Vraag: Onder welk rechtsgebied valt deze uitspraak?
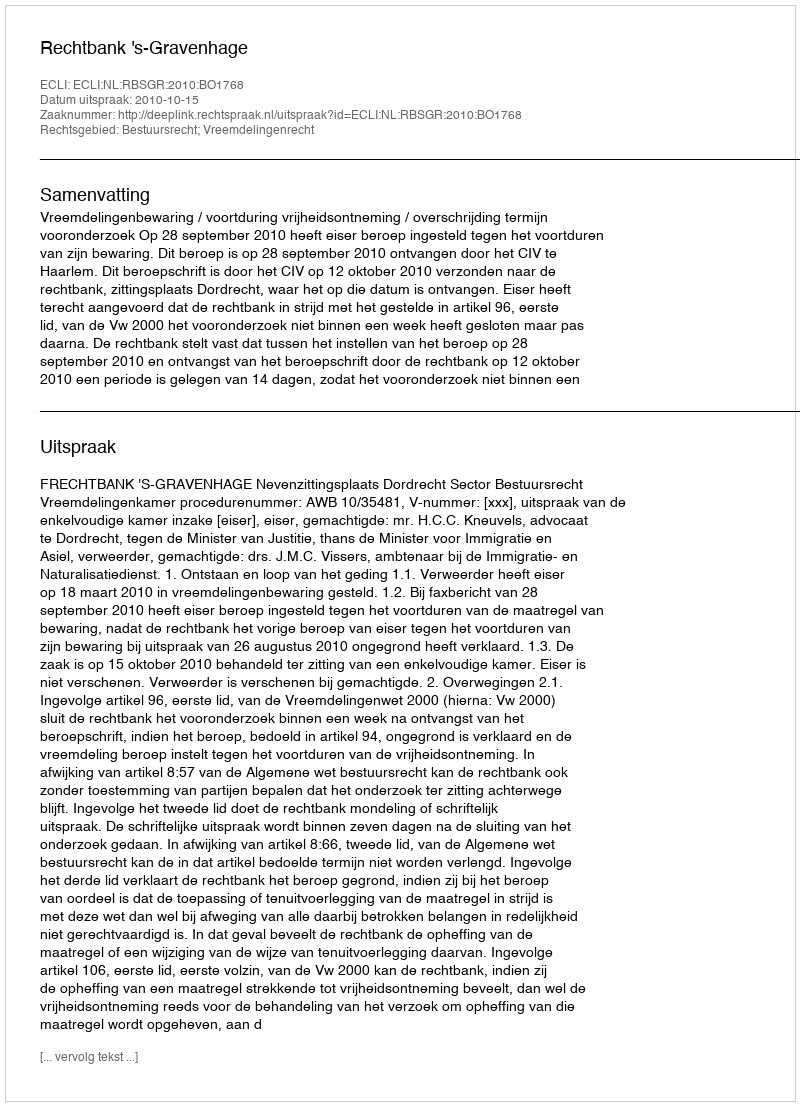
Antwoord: Bestuursrecht; Vreemdelingenrecht